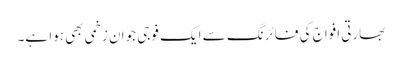
بھارتی افواج کی فائرنگ سے ایک فوجی جوان زخمی بھی ہوا ہے۔